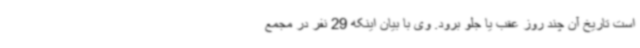
است تاریخ آن چند روز عقب یا جلو برود. وی با بیان اینکه 29 نفر در مجمع